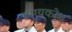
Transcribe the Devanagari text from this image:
व्यंग्यकोश